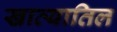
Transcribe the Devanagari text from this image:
खात्यातिल